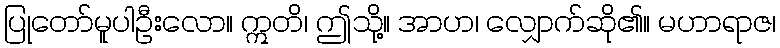
ပြုတော်မူပါဦးလော။ ဣတိ၊ ဤသို့။ အာဟ၊ လျှောက်ဆို၏။ မဟာရာဇ၊